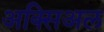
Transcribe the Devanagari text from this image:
अक्सिअल